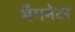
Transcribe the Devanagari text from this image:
मैगनेटर